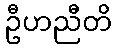
ဦဟညီတိ